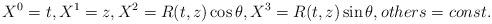
LaTeX: \begin{align*}X^0=t, X^1=z, X^2=R(t,z)\cos\theta, X^3=R(t,z)\sin\theta, others = const.\end{align*}